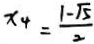
x _ { 4 } = \frac { 1 - \sqrt { 5 } } { 2 }